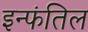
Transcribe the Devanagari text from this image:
इन्फंतिल